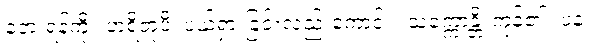
ဘေးရန်ကို။ ဟရိတုံပိ၊ ပယ်ရှားခြင်းလည်းကောင်း။ သက္ကောန္တိ၊ ကုန်၏။ ပန၊